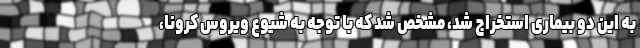
به این دو بیماری استخراج شد، مشخص شد که با توجه به شیوع ویروس کرونا،